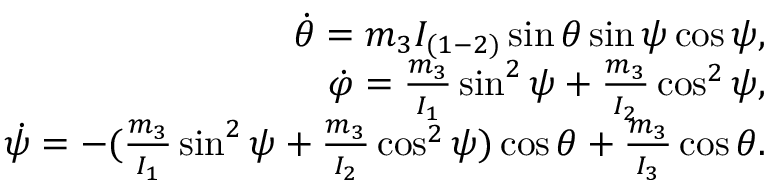
\begin{array} { r } { \dot { \theta } = m _ { 3 } I _ { ( 1 - 2 ) } \sin \theta \sin \psi \cos \psi , } \\ { \dot { \varphi } = \frac { m _ { 3 } } { I _ { 1 } } \sin ^ { 2 } \psi + \frac { m _ { 3 } } { I _ { 2 } } \cos ^ { 2 } \psi , } \\ { \dot { \psi } = - ( \frac { m _ { 3 } } { I _ { 1 } } \sin ^ { 2 } \psi + \frac { m _ { 3 } } { I _ { 2 } } \cos ^ { 2 } \psi ) \cos \theta + \frac { m _ { 3 } } { I _ { 3 } } \cos \theta . } \end{array}